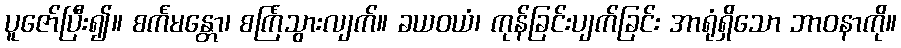
ပူဇော်ပြီး၍။ စင်္ကမန္တော၊ စင်္ကြံသွားလျက်။ ခယဝယံ၊ ကုန်ခြင်းပျက်ခြင်း အာရုံရှိသော ဘာဝနာကို။